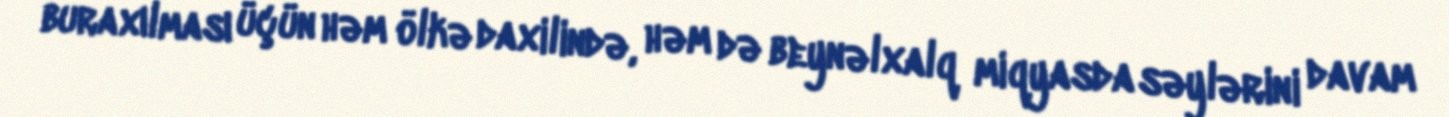
buraxılması üçün həm ölkə daxilində, həm də beynəlxalq miqyasda səylərini davam